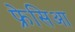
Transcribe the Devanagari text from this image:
फ्रेसिआ